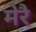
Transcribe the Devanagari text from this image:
मेरै